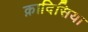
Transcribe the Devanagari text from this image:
क़ादिसिया